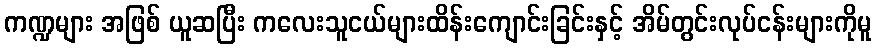
ကဏ္ဍများ အဖြစ် ယူဆပြီး ကလေးသူငယ်များထိန်းကျောင်းခြင်းနှင့် အိမ်တွင်းလုပ်ငန်းများကိုမူ